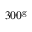
3 0 0 ^ { \mathrm { g } }